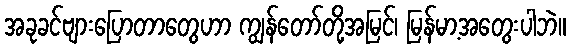
အခုခင်ဗျားပြောတာတွေဟာ ကျွန်တော်တို့အမြင်၊ မြန်မာ့အတွေးပါဘဲ။